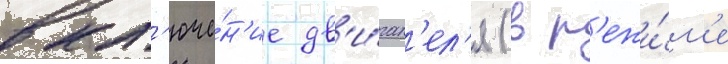
вкл'юче́н'ие дв'и́гат'ел'я (в р'ежи́м'е